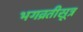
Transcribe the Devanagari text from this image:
भगव्रतीसूत्र